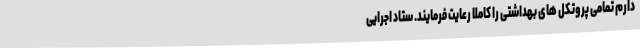
دارم تمامی پروتکل های بهداشتی را کاملا رعایت فرمایند. ستاد اجرایی